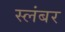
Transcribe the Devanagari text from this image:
स्लंबर